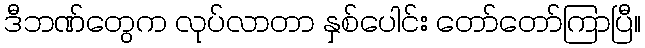
ဒီဘဏ်တွေက လုပ်လာတာ နှစ်ပေါင်း တော်တော်ကြာပြီ။